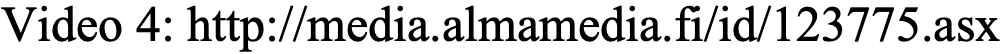
Video 4: http://media.almamedia.fi/id/123775.asx